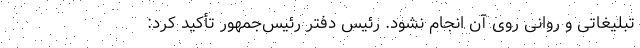
تبلیغاتی و روانی روی آن انجام نشود. رئیس‌ دفتر رئیس‌جمهور تأکید کرد: